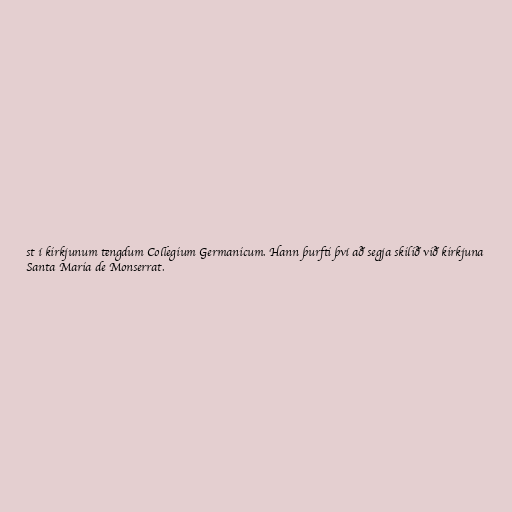
st í kirkjunum tengdum Collegium Germanicum. Hann þurfti því að segja skilið við kirkjuna
Santa Maria de Monserrat.